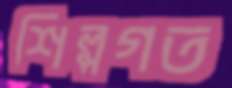
শিল্পগত